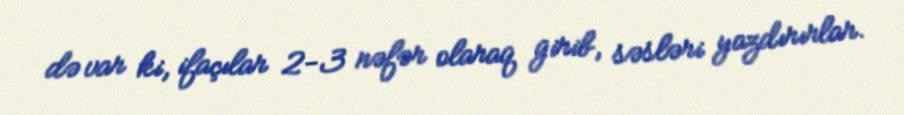
də var ki, ifaçılar 2-3 nəfər olaraq girib, səsləri yazdırırlar.